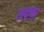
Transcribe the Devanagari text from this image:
सद्फ्